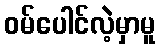
ဝမ်ပေါင်လဲ့မှာမူ